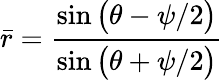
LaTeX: \bar{r}=\frac{\sin\big(\theta-\psi/2\big)}{\sin\big(\theta+\psi/2\big)}